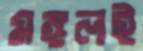
মঙ্গলই